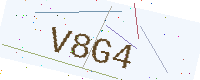
Text: V8G4